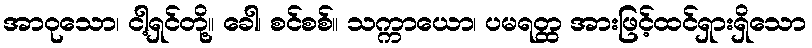
အာဝုသော၊ ငါ့ရှင်တို့။ ခေါ၊ စင်စစ်။ သက္ကာယော၊ ပမရတ္ထ အားဖြင့်ထင်ရှားရှိသော